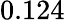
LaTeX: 0.124